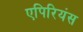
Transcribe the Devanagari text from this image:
एपिरियंस